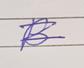
Signature authenticity: genuine